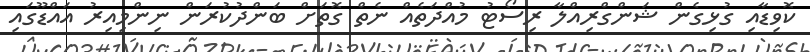
ކޮވިޑާއި ގުޅިގެން ޝަންގްރިއްލާ ރިސޯޓު މުއްދަތެއް ނެތް ގޮތަށް ބަންދުކުރަން ނިންމިއިރު އައްޑޫގައި